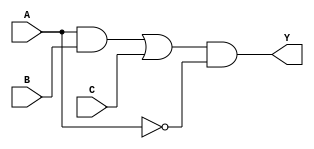
module multi_level_logic_block (
    input wire A,
    input wire B,
    input wire C,
    output wire Y
);

// Intermediate nodes
wire nA;          // NOT A
wire AB;          // A AND B
wire BC;          // B AND C
wire AB_C;        // (A AND B) OR C
wire final_output; // Final output before Y

// Step 1: Simplification using NOT gate
assign nA = ~A;  // NOT operation on A

// Step 2: AND operations
assign AB = A & B; // AND operation between A and B
assign BC = B & C; // AND operation between B and C

// Step 3: Combine the intermediate results
assign AB_C = AB | C; // Combine AB and C using OR

// Step 4: Final output node (could include more operations as necessary)
assign final_output = AB_C & nA; // Final logic function (example)

// Step 5: Output assignment
assign Y = final_output; // Output Y is assigned the final result

endmodule